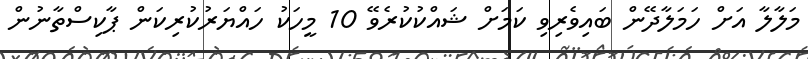
މަލާލާ އަށް ހަމަލާދޭން ބައިވެރިވި ކަމަށް ޝައްކުކުރެވޭ 10 މީހަކު ހައްޔަރުކުރިކަން ޕާކިސްތާނުން